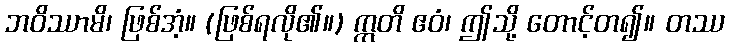
ဘဝိဿာမိ၊ ဖြစ်အံ့။ (ဖြစ်ရလို၏။) ဣတိ ဧဝံ၊ ဤသို့ တောင့်တ၍။ တဿ